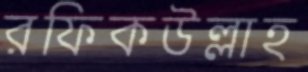
রফিকউল্লাহ